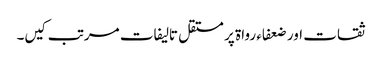
ثقات اور ضعفاء رواۃ پر مستقل تالیفات مرتب کیں­۔